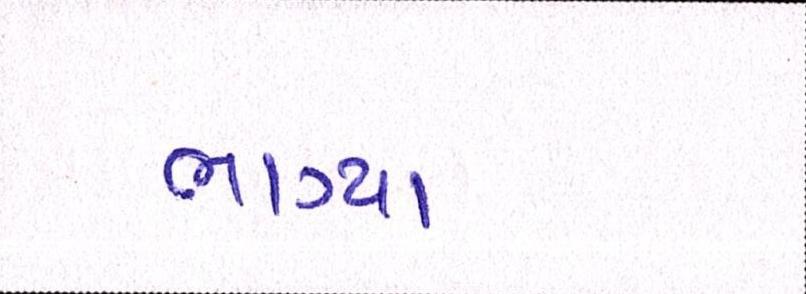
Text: ભાગ્યા